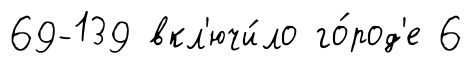
69-139 вкл'ючи́ло го́род'е 6